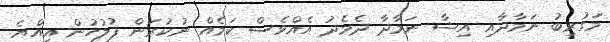
މަގުރިބު ނަމާދާއި އިޝާ ނަމާދާ ދެމެދު އެއްވެސް ކަމެއް ނުކުރަން ފުލުހުން އިއްޔެ